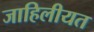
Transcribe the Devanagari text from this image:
जाहिलीयत